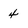
Character: 4